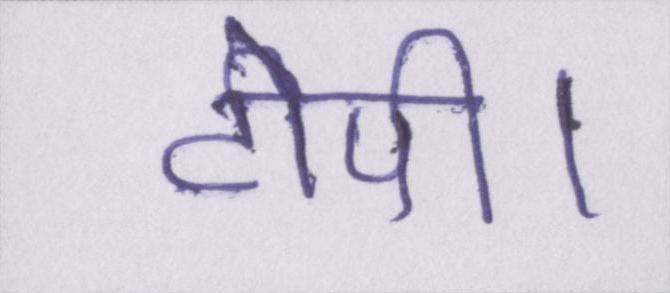
टोपी।